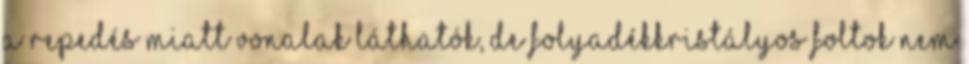
a repedés miatt vonalak láthatók, de folyadékkristályos foltok nem